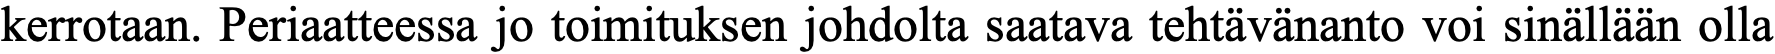
kerrotaan. Periaatteessa jo toimituksen johdolta saatava tehtävänanto voi sinällään olla